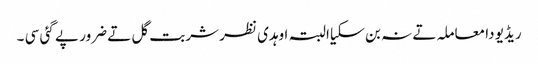
ریڈیو دا معاملہ تے نہ بن سکیا البتہ اوہدی نظر شربت گل تے ضرور پے گئی سی ۔